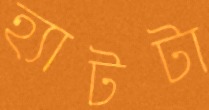
হ্যাটটা